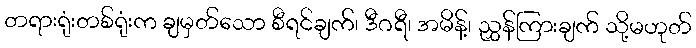
တရားရုံးတစ်ရုံးက ချမှတ်သော စီရင်ချက်၊ ဒီဂရီ၊ အမိန့်၊ ညွှန်ကြားချက် သို့မဟုတ်